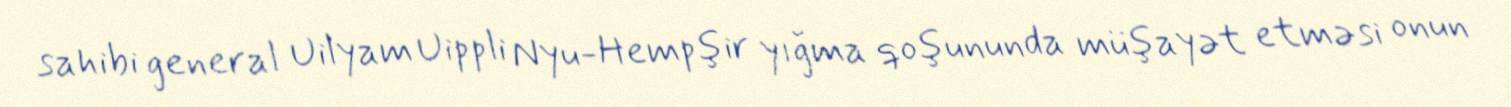
sahibi general Uilyam Uippli Nyu-Hempşir yığma qoşununda müşayət etməsi onun